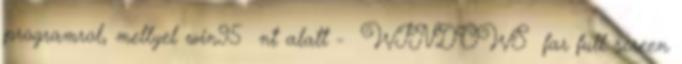
programrol, mellyel win95 nt alatt - WINDOWS far full screen